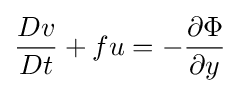
{\frac {Dv}{Dt}}+fu=-{\frac {\partial \Phi }{\partial y}}